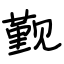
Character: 觐